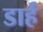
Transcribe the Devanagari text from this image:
डार्ह